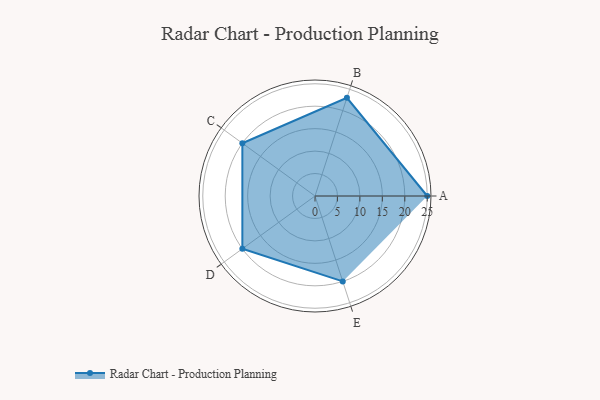
{"axis": {"x": "Skill", "y": "Score"}, "legend": ["Profile"], "data": [{"x": "A", "y": 25.0, "type": "Profile"}, {"x": "B", "y": 23.0, "type": "Profile"}, {"x": "C", "y": 20, "type": "Profile"}, {"x": "D", "y": 20, "type": "Profile"}, {"x": "E", "y": 20, "type": "Profile"}]}